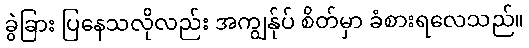
ခွဲခြား ပြနေသလိုလည်း အကျွန်ုပ် စိတ်မှာ ခံစားရလေသည်။